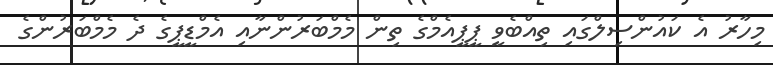
މިހާރު އެ ކައުންސިލްގައި ތިއްބެވީ ޕީޕީއެމްގެ ތިން މެމްބަރުންނާއި އެމްޑީޕީގެ ދެ މެމްބަރުންގެ